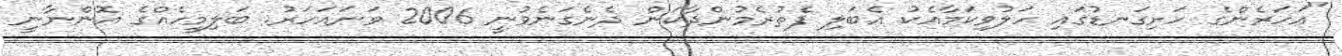
"އަހަރެންގެ ހަށިގަނޑުގައި ހަލުވިކަމާއެކު އެބަލި ފެތުރެމުންދާކަން ދެނެގަނެވުނީ 2006 ވަނައަހަރު. ބަލިމީހެއްގެ އޮންނާނީ